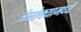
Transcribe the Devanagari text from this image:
त्रैलोक्यामध्ये